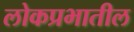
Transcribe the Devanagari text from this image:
लोकप्रभातील